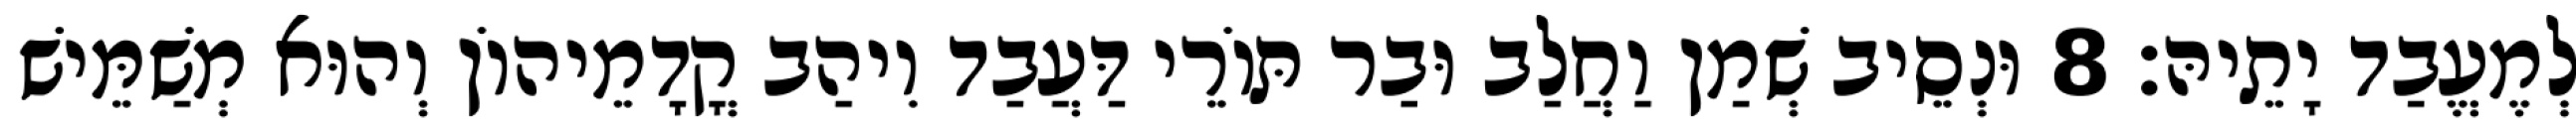
לְמֶעֱבַד יָתֵיהּ׃ 8 וּנְסֵיב שְׁמַן וַחֲלַב וּבַר תּוֹרֵי דַּעֲבַד וִיהַב קֳדָמֵיהוֹן וְהוּא מְשַׁמֵּישׁ